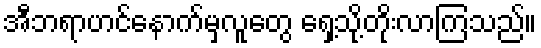
အီဘရာဟင်နောက်မှလူတွေ ရှေ့သို့တိုးလာကြသည်။